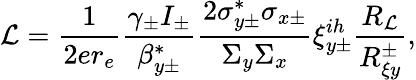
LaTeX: \mathcal{L}=\frac{1}{2er_{e}}\frac{\gamma_{\pm}I_{\pm}}{\beta_{y\pm}^{*}}\frac{2\sigma_{y\pm}^{*}\sigma_{x\pm}}{\Sigma_{y}\Sigma_{x}}\xi_{y\pm}^{ih}\frac{R_{\mathcal{L}}}{R_{\xi y}^{\pm}},